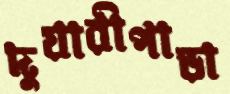
দুয়ারীপাড়া